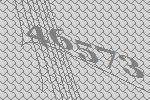
46573